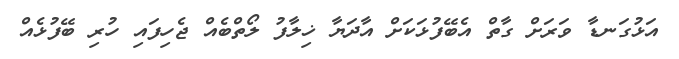
އަޅުގަނޑާ ވަރަށް ގާތް އެބޭފުޅަކަށް އާދަޔާ ޚިލާފު ލޯތްބެއް ޖެހިފައި ހުރި ބޭފުޅެއް